Vaccine operations Central Provinces 1900-1911 - 1900-1911
Year: 1900
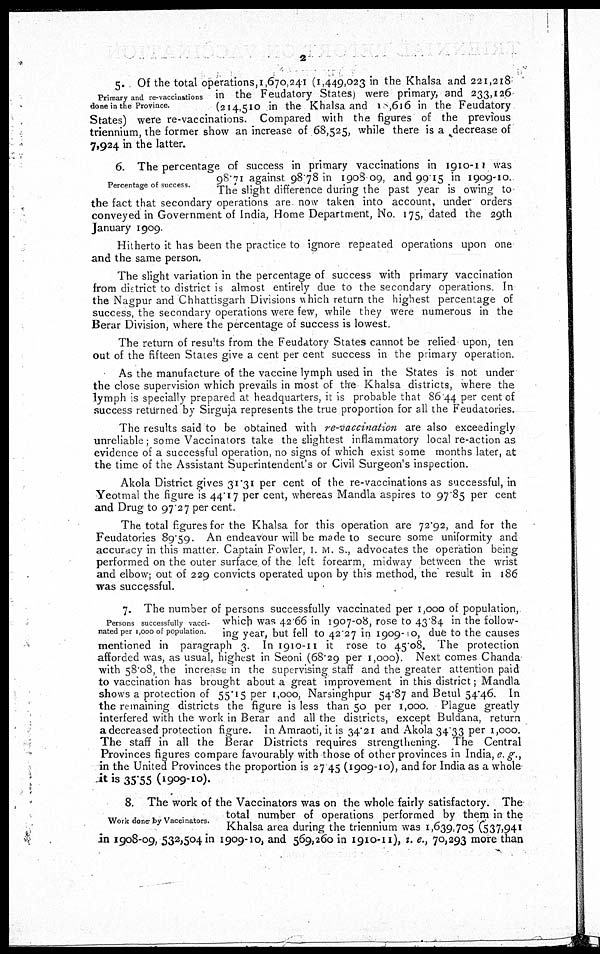
2
Primary and re-vaccinations
done in the Province.
5. Of the total operations, 1,670,241 (1,449,023 in the Khalsa and 221,218
in the Feudatory States) were primary, and 233,126
(214,510 in the Khalsa and 18,616 in the Feudatory
States) were re-vaccinations. Compared with the figures of the previous
triennium, the former show an increase of 68,525, while there is a decrease of
7,924 in the latter.
Percentage of success.
6. The percentage of success in primary vaccinations in 1910-11 was
98.71 against 98.78 in 1908-09, and 99.15 in 1909-10.
The slight difference during the past year is owing to
the fact that secondary operations are now taken into account, under orders
conveyed in Government of India, Home Department, No. 175, dated the 29th
January 1909.
Hitherto it has been the practice to ignore repeated operations upon one
and the same person.
The slight variation in the percentage of success with primary vaccination
from district to district is almost entirely due to the secondary operations. In
the Nagpur and Chhattisgarh Divisions which return the highest percentage of
success, the secondary operations were few, while they were numerous in the
Berar Division, where the percentage of success is lowest.
The return of results from the Feudatory States cannot be relied upon, ten
out of the fifteen States give a cent per cent success in the primary operation.
As the manufacture of the vaccine lymph used in the States is not under
the close supervision which prevails in most of the Khalsa districts, where the
lymph is specially prepared at headquarters, it is probable that 86 44 per cent of
success returned by Sirguja represents the true proportion for all the Feudatories.
The results said to be obtained with re-vaccination are also exceedingly
unreliable, some Vaccinators take the slightest inflammatory local re-action as
evidence of a successful operation, no signs of which exist some months later, at
the time of the Assistant Superintendent's or Civil Surgeon's inspection.
Akola District gives 31.31 per cent of the re-vaccinations as successful, in
Yeotmal the figure is 44.17 per cent, whereas Mandla aspires to 97 85 per cent
and Drug to 97 27 per cent.
The total figures for the Khalsa for this operation are 72.92, and for the
Feudatories 89.59. An endeavour will be made to secure some uniformity and
accuracy in this matter Captain Fowler, I. M. S., advocates the operation being
performed on the outer surface of the left forearm, midway between the wrist
and elbow; out of 229 convicts operated upon by this method, the result in 186
was successful.
Persons successfully vacci-
nated per 1,000 of population
7. The number of persons successfully vaccinated per 1,000 of population,
which was 42.66 in 1907-08, rose to 43.84 in the follow-
ing year, but fell to 42 27 in 1909-10, due to the causes
mentioned in paragraph 3 In 1910-11 it rose to 45.08. The protection
afforded was, as usual, highest in Seoni (68.29 per 1,000). Next comes Chanda
with 58.08, the increase in the supervising staff and the greater attention paid
to vaccination has brought about a great improvement in this district; Mandla
shows a protection of 55.15 per 1,000, Narsinghpur 54.87 and Betul 54.46. In
the remaining districts the figure is less than 50 per 1,000. Plague greatly
interfered with the work in Berar and all the districts, except Buldana, return
a decreased protection figure. In Amraoti, it is 34.21 and Akola 34.33 per 1,000.
The staff in all the Berar Districts requires strengthening. The Central
Provinces figures compare favourably with those of other provinces in India, e. g.,
in the United Provinces the proportion is 27 45 (1909-10), and for India as a whole
it is 35.55 (1909-10).
Work done by Vaccinators.
8. The work of the Vaccinators was on the whole fairly satisfactory. The
total number of operations performed by them in the
Khalsa area during the triennium was 1,639,705 (537,941
in 1908-09, 532,504 in 1909-10, and 569,260 in 1910-11), i. e., 70,293 more than